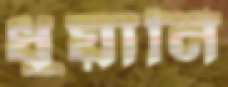
ধুয়ানি